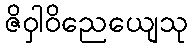
ဇိဝှါဝိညေယျေသု